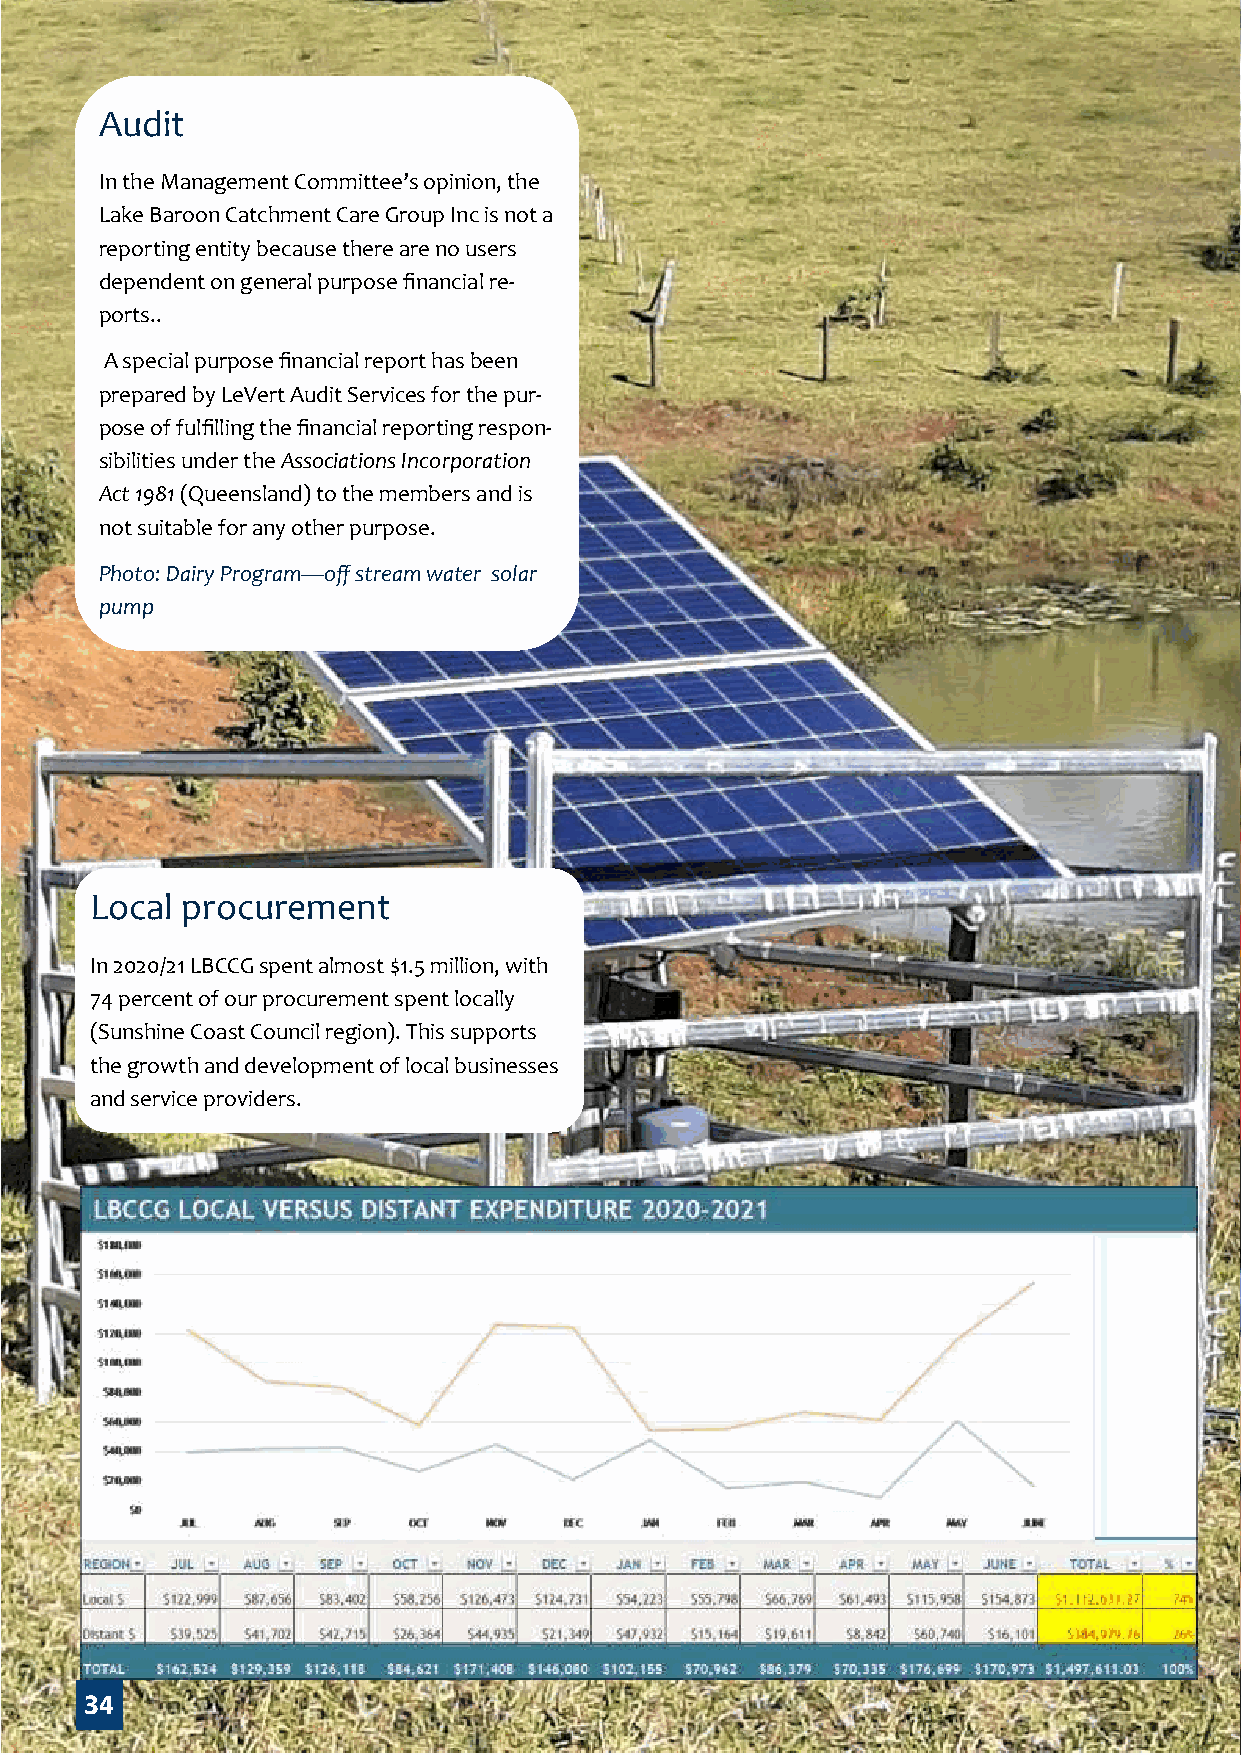
Audit
 In the Management Committee’s opinion, the
 Lake Baroon Catchment Care Group Inc is not a
 reporting entity because there are no users
 dependent on general purpose financial re-
 ports..
 A special purpose financial report has been
 prepared by LeVert Audit Services for the pur-
 pose of fulfilling the financial reporting respon-
 sibilities under the Associations Incorporation
 Act 1981 (Queensland) to the members and is
 not suitable for any other purpose.
 Photo: Dairy Program—off stream water solar
 pump
 Local procurement
 In 2020/21 LBCCG spent almost $1.5 million, with
 74 percent of our procurement spent locally
 (Sunshine Coast Council region). This supports
 the growth and development of local businesses
 and service providers.
 34